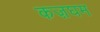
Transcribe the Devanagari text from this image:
कज़घम